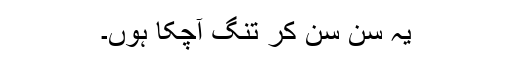
یہ سن سن کر تنگ آچکا ہوں۔